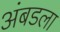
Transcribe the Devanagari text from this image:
अंबडला